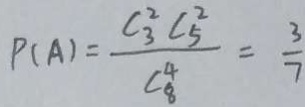
P ( A ) = \frac { C _ { 3 } ^ { 2 } C _ { 5 } ^ { 2 } } { C _ { 8 } ^ { 4 } } = \frac { 3 } { 7 }